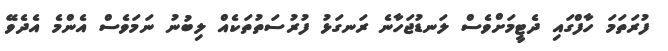
ފުރަތަމަ ހާފްގައި ދެޓީމަށްވެސް ލަނޑުޖަހާނެ ރަނގަޅު ފުރުސަތުތަކެއް ލިބުނު ނަމަވެސް އެންމެ އެދެވޭ